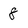
Character: 8